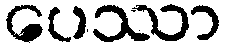
ပေဿာ